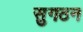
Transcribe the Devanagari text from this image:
सुगठन